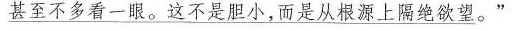
甚至不多看一眼。这不是胆小，而是从根源上隔绝欲望。}